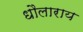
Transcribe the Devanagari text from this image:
धौलाराय